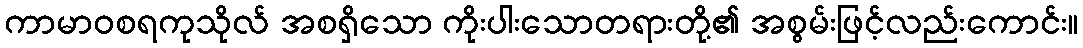
ကာမာဝစရကုသိုလ် အစရှိသော ကိုးပါးသောတရားတို့၏ အစွမ်းဖြင့်လည်းကောင်း။